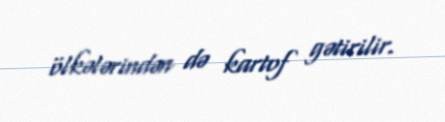
ölkələrindən də kartof gətirilir.